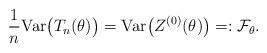
LaTeX: \begin{align*}\frac{1}{n}\mathrm{Var}\big(T_n(\theta)\big)=\mathrm{Var}\big(Z^{(0)}(\theta)\big)=:\mathcal{F}_{\theta}.\end{align*}